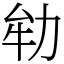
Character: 劺